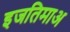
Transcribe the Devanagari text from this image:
इजतिमाअ